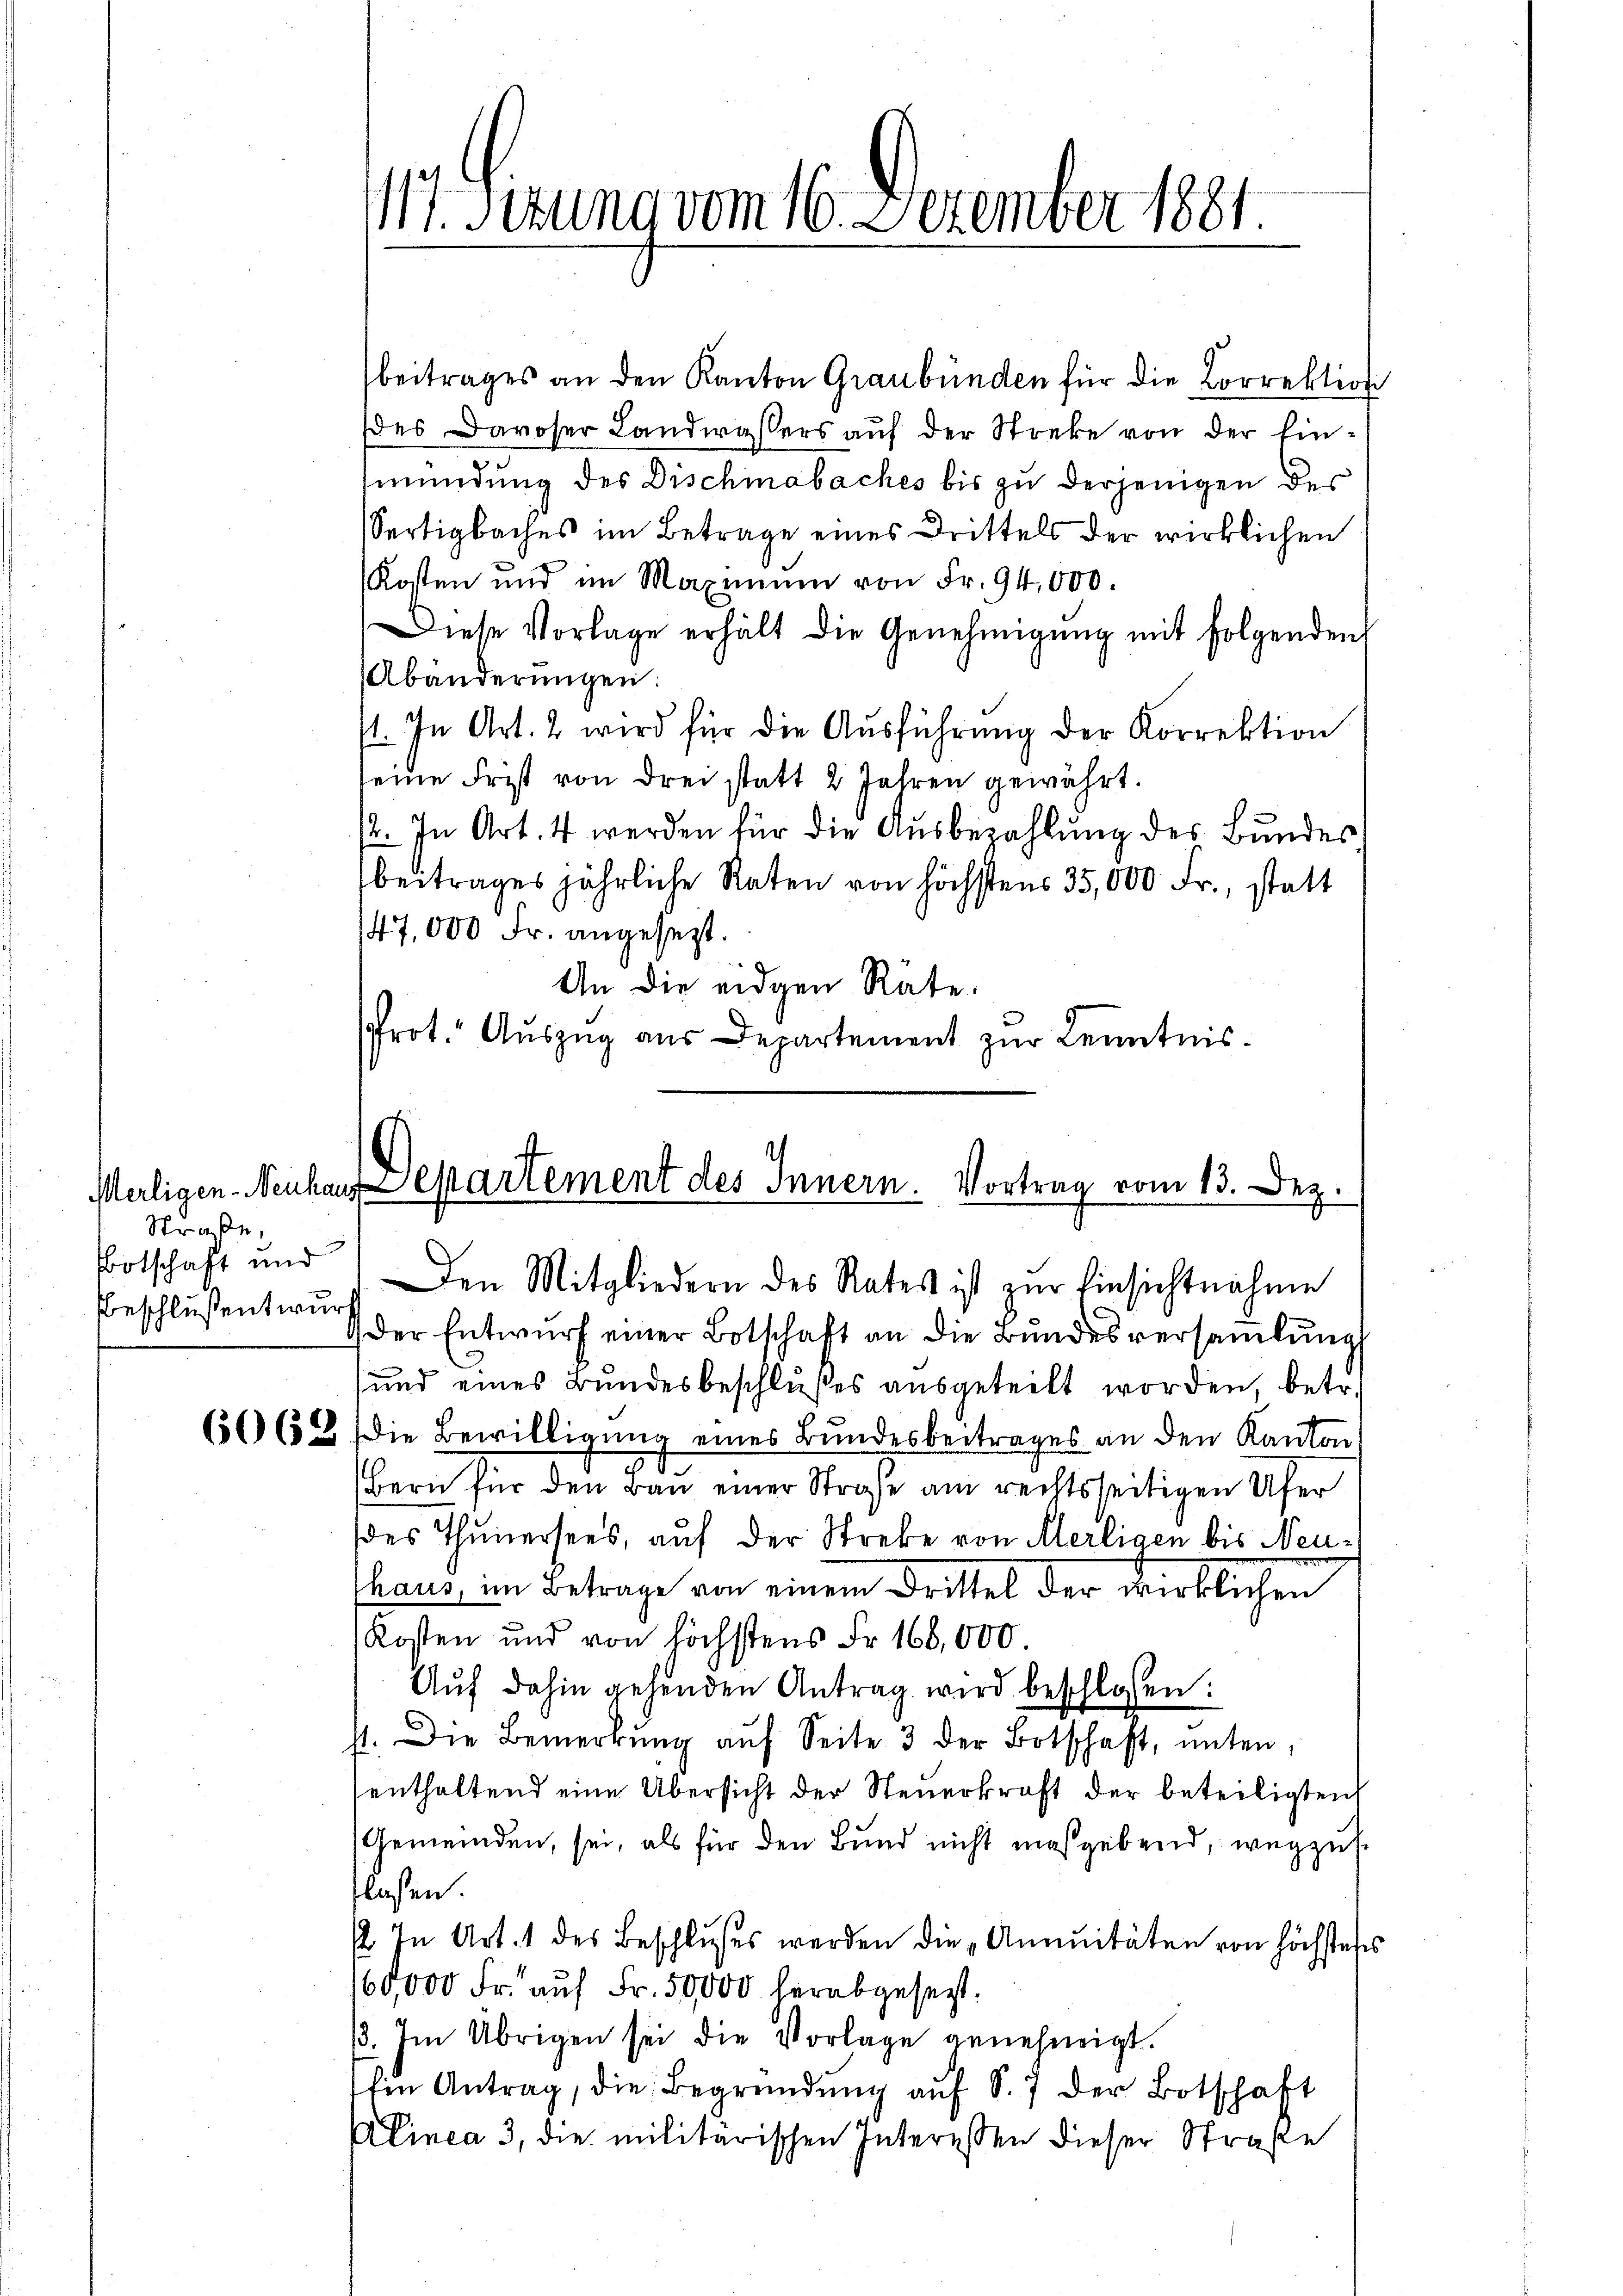
Straße,
Bootschaft und
Beschluß entwurf

beitrages an den Kanton Graubünden für die Correktion
des Davoser Landwassers auf der Streke von der Einmündung des Dischinabaches bis zu derjenigen des
Sertigbaches im Betrage eines Drittels der wirklichen
Kosten und im Maximŭm von Fr. 94,000.
Diese Vorlage erhält die Genehmigŭng mit folgenden
Abänderŭngen:
st. In Art. 2 wird für die Aŭsführung der Korrektion
seine Frist von drei statt 2 Jahren gewährt.
2. In Art. 4 werden für die Ausbezahlung des Bundes,
beitrages jährliche Raten von höchstens 35,000 Fr., statt
47,000 Fr. angesezt.
An die eidgen Rate.
Prot. Auszug aus Departement zur Kenntnis¬

117. Sizung vom 16. Dezember 1881.

Meiligen Neuchen Departement des Innern. Vortrag vom 13. Dez.
Den Mitgliedern des Rates ist zŭr Einsichtnahme

Der Entwurf einer Botschaft an die Bundesversamlung
und eines Bŭndesbeschlußes aŭsgeteilt worden, betr.
66 (52 die Bewilligung eines Bundesbeitrages an den Kanton
Bern für den Bau einer Strafe am rechtsseitigen Ufer
des Thunersees, auf der Strebe von Merligen bis Neuhaus, im Betrage von einem Drittel der wirklichen
Kosten und von höchstens Fr. 166,000.
Aŭf dahin gehenden Antrag wird beschlossen:
st. Die Bemerkŭng aŭf Seite 3 der Botschaft, unten,
enthaltend eine Übersicht der Steuerkraft der beteiligten
Gemeinden, sei, als für den Bund nicht maßgebend, wegzul
lasen.
/ In Art. 1 des Beschlŭsses werden die „Annuitäten von höchstens
160,000 Fr. auf Fr. 50,000 herabgesetzt.
β. Im Übrigen sei die Vorlage genehmigt.
Ein Antrag, die Begründŭng aŭf S. 7 der Botschaft
Alinea 3, die militärischen Interessen dieser Straße